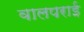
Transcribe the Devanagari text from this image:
वालपराई